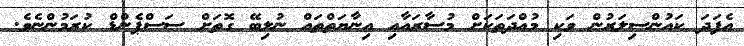
އެފަދަ ކައުންސިލަރުން ވަކި މުއްދަތަކަށް މުސާރައާއި އިނާޔަތްތައް ނުލިބޭ ގޮތަށް ސަސްޕެންޑް ކުރަމުންނެވެ.